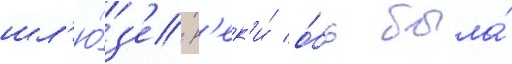
шл'ю́з'е р'ек'и́ о́бь была́